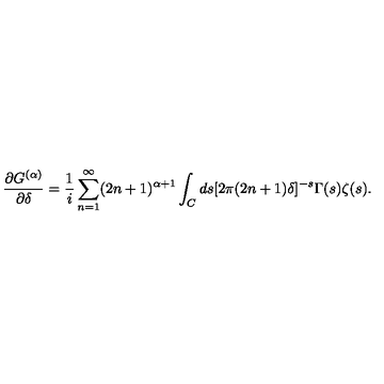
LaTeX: \frac { \partial G ^ { ( \alpha ) } } { \partial \delta } = \frac { 1 } { i } \sum _ { n = 1 } ^ { \infty } ( 2 n + 1 ) ^ { \alpha + 1 } \int _ { C } d s [ 2 \pi ( 2 n + 1 ) \delta ] ^ { - s } \Gamma ( s ) \zeta ( s ) .